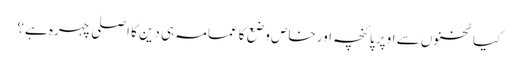
کیا ٹخنوں سے اوپر پائنچہ اور خاص وضع کا عمامہ ہی دین کا اصلی چہرہ ہے؟